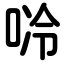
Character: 唥